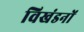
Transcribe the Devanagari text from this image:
विखंडनों